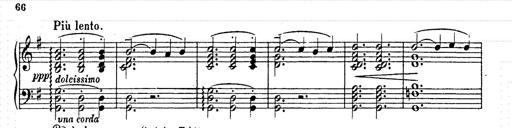
Title: AnnÃ©es de pÃ¨lerinage II
Composer: Franz Liszt